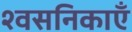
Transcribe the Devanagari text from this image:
श्वसनिकाएँ